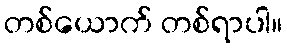
တစ်ယောက် တစ်ရာပါ။